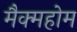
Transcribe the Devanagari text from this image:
मैक्महोम